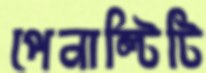
পেনাল্টিটি